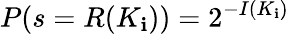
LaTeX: P(s=R(K_{\mathbf{i}}))=2^{-I(K_{\mathbf{i}})}